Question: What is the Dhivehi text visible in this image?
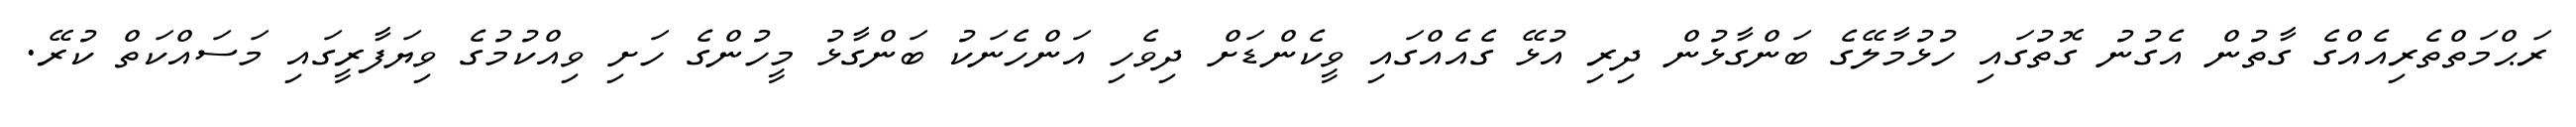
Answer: ރަޙްމަތްތެރިއެއްގެ ގާތުން އެގުނު ގޮތުގައި ހުޅުމާލޭގެ ބަންގާޅުން ދިރި އުޅޭ ގެއެއްގައި ވީކެންޑަށް ދިވެހި އަންހެނަކު ބަންގާޅު މީހުންގެ ހަށި ވިއްކުމުގެ ވިޔަފާރީގައި މަސައްކަތް ކުރޭ.